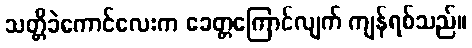
သတ္တိခဲကောင်လေးက ခေတ္တကြောင်လျက် ကျန်ရစ်သည်။